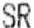
SR